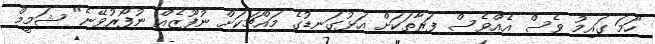
"ހަމަ ގައިމު ވެސް އެއްވެސް ފަރާތަކަށް އަޅުގަނޑުގެ މައްޗަކަށް ނުފޫޒެއް ނުފޯރުވޭނެ" ޝަމީމް